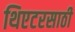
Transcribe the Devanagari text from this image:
थिएटरसाठी